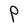
Character: P